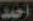
أحمد